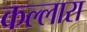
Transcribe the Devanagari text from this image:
कल्लारा